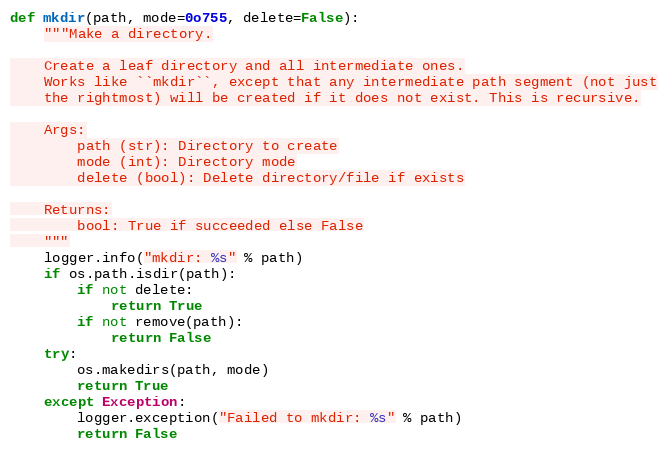
Language: Python
def mkdir(path, mode=0o755, delete=False):
    """Make a directory.

    Create a leaf directory and all intermediate ones.
    Works like ``mkdir``, except that any intermediate path segment (not just
    the rightmost) will be created if it does not exist. This is recursive.

    Args:
        path (str): Directory to create
        mode (int): Directory mode
        delete (bool): Delete directory/file if exists

    Returns:
        bool: True if succeeded else False
    """
    logger.info("mkdir: %s" % path)
    if os.path.isdir(path):
        if not delete:
            return True
        if not remove(path):
            return False
    try:
        os.makedirs(path, mode)
        return True
    except Exception:
        logger.exception("Failed to mkdir: %s" % path)
        return False